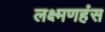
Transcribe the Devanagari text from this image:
लक्ष्मणहंस